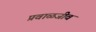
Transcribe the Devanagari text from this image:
प्रवाळजीव